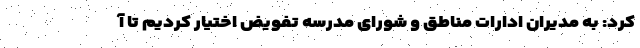
کرد: به مدیران ادارات مناطق و شورای مدرسه تفویض اختیار کردیم تا آ